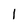
Character: 1